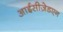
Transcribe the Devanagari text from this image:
आईसीज़ेडएन